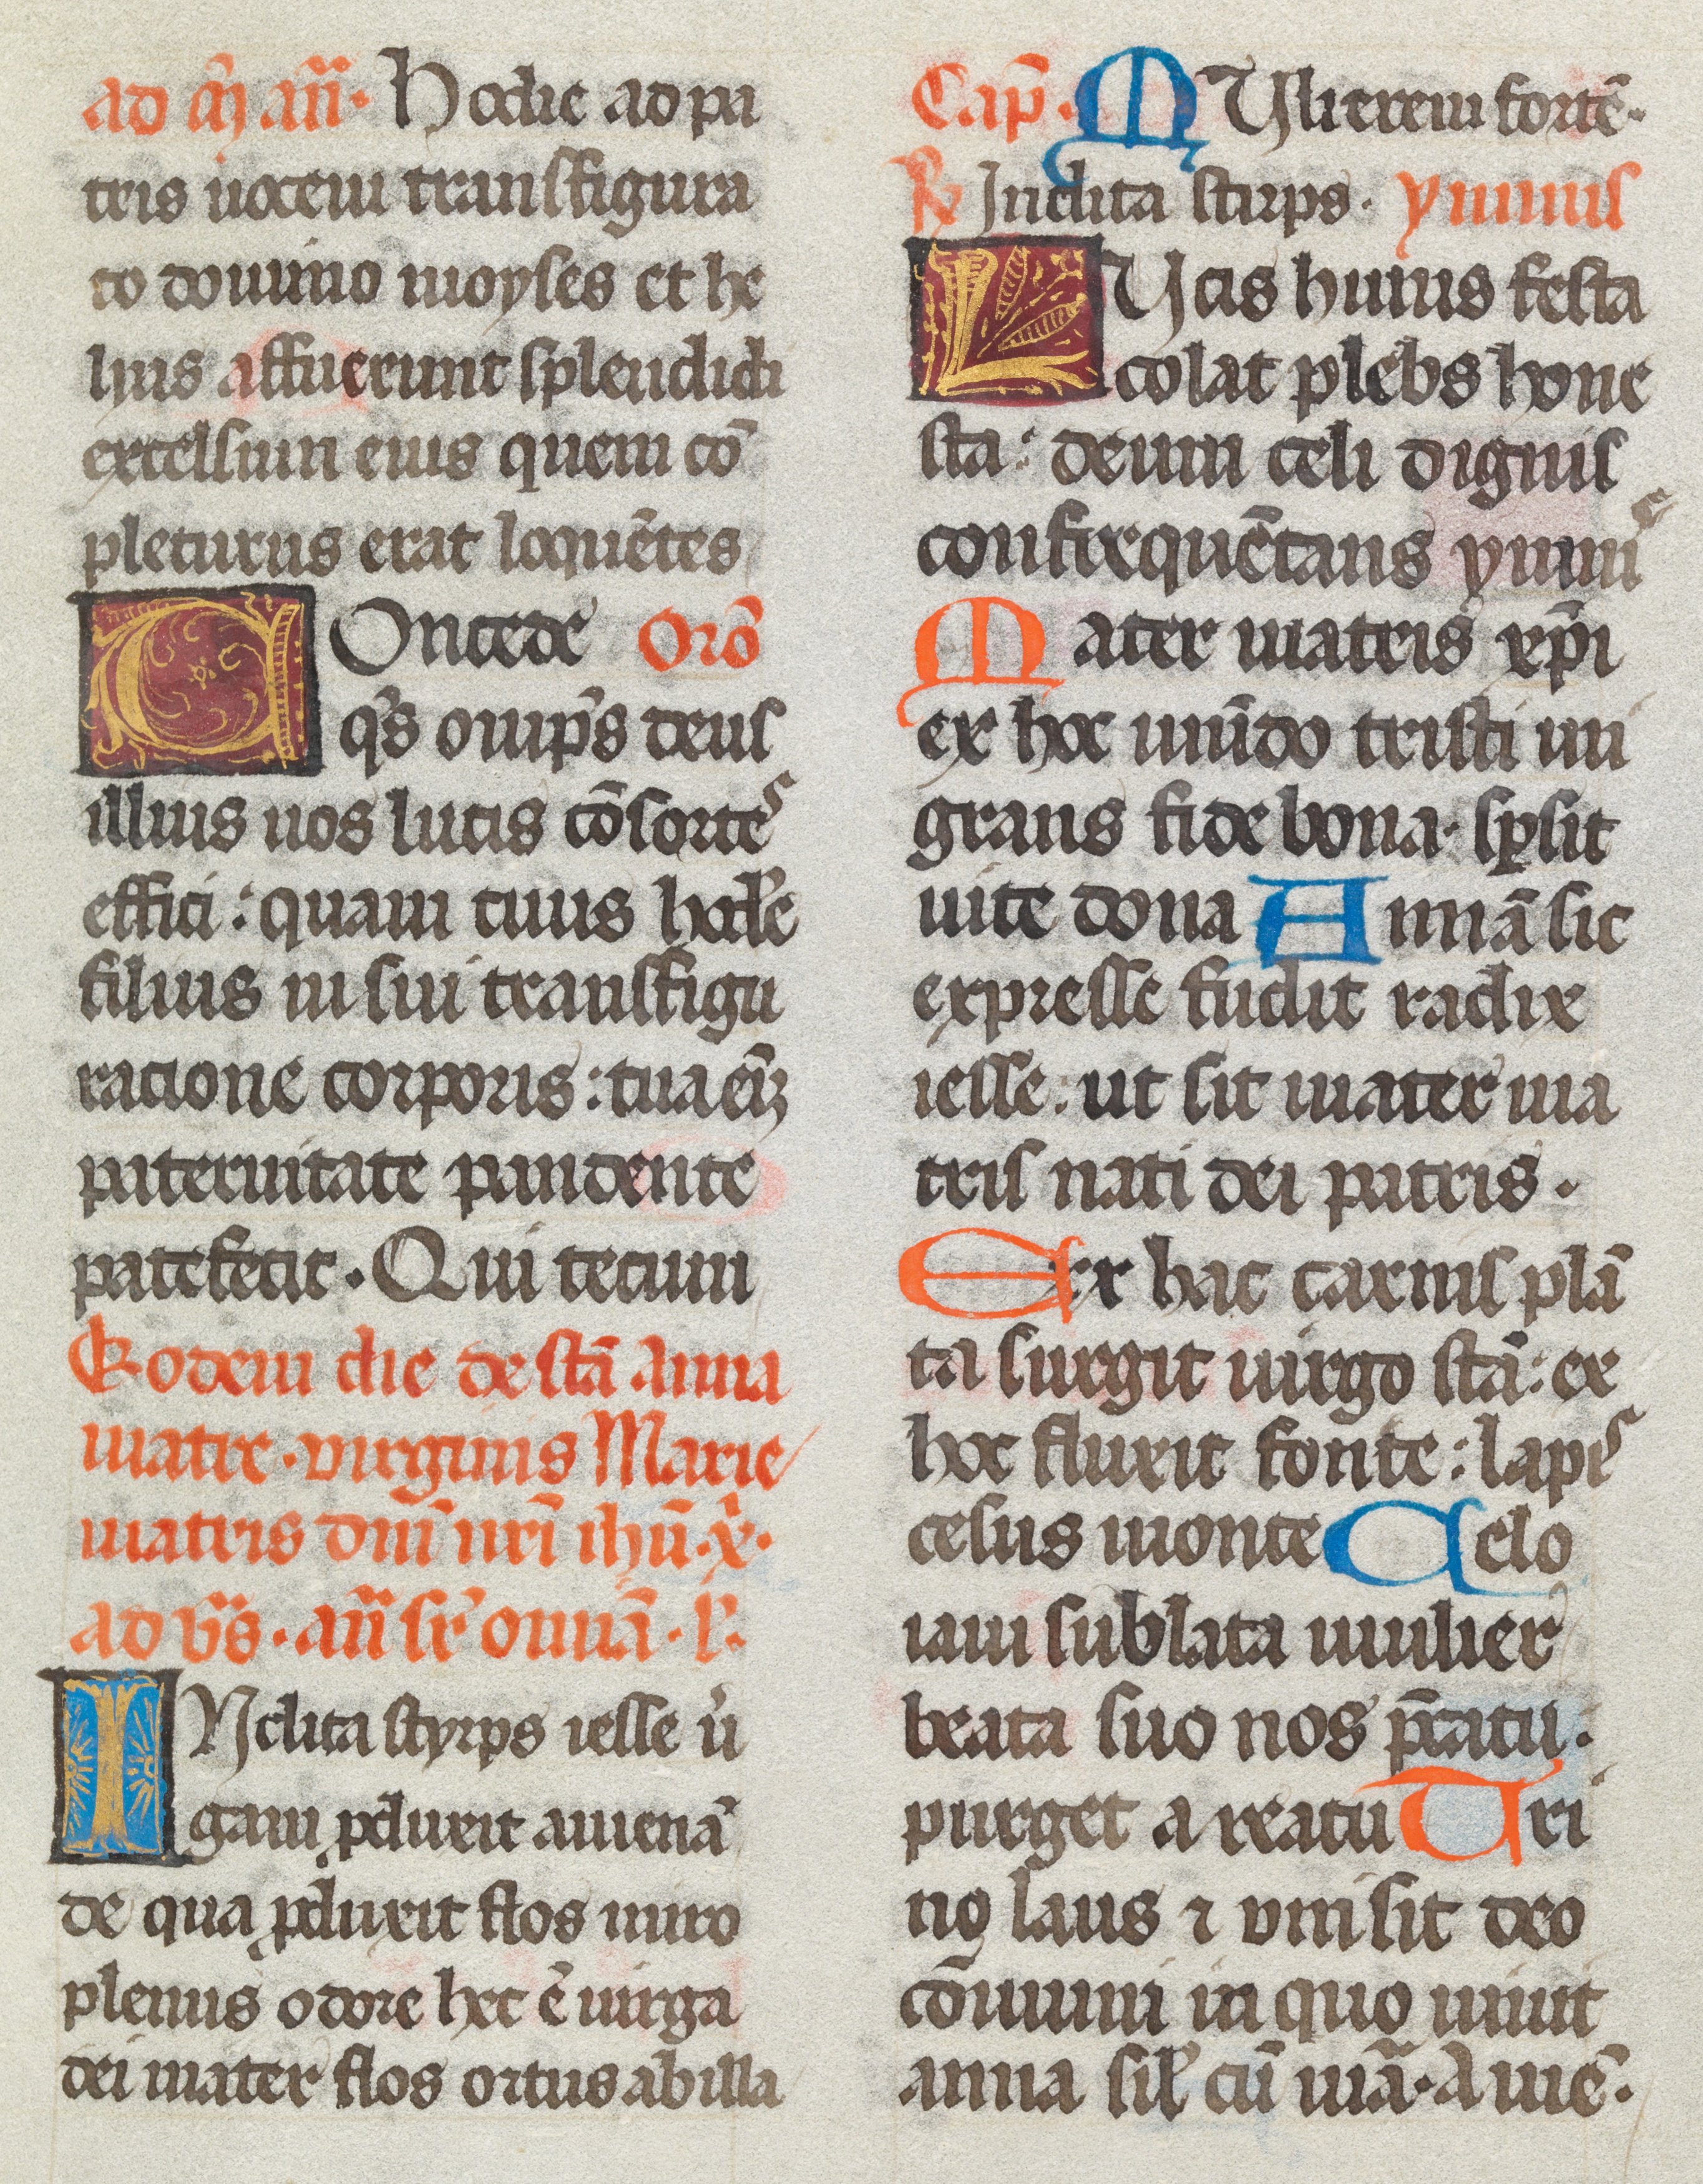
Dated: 1493–1493